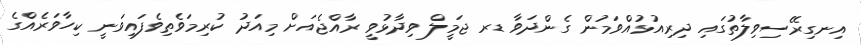
އިނގިރޭސިވިލާތުގައި ދިރިއުޅުއްވަމުން ގެންދަވާ ޑރ ޖަމީލް ވިދާޅުވީ ރާއްޖެއަށް މިއަދު ކުރިމަވެތިވެފައިވަނީ ކިހާވަރެއްގެ